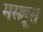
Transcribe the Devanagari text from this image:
मसहूस